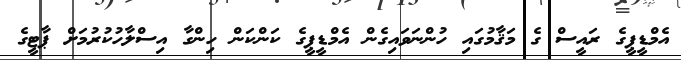
އެމްޑީޕީގެ ރައީސް ގެ މަޤާމުގައި ހުންނަވައިގެން އެމްޑީޕީގެ ކަންކަން ހިންގާ އިސްލާހުކުރުމަށް ޕާޓީގެ